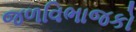
જળવિભાજકો